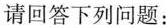
请回答下列问题：